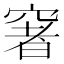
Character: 𥧏